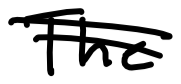
Text: The
Cross-out: double-line
Writing tool: digital_black